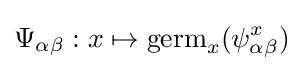
\Psi _{\alpha \beta }:x\mapsto \mathrm {germ} _{x}(\psi _{\alpha \beta }^{x})